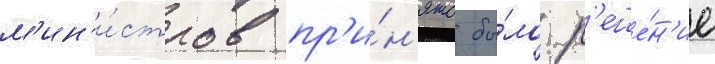
м'ин'и́стров пр'и́н'ято бы́ло р'еше́н'ие